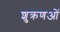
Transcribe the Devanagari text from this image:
शुक्रणओं